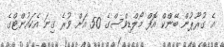
އެ ގުރޫޕުން ބޭންކް އޮފް މޯލްޑިވްސްގެ 50 އަށް ވުރެ ގިނަ އެކައުންޓްގެ